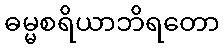
ဓမ္မစရိယာဘိရတော